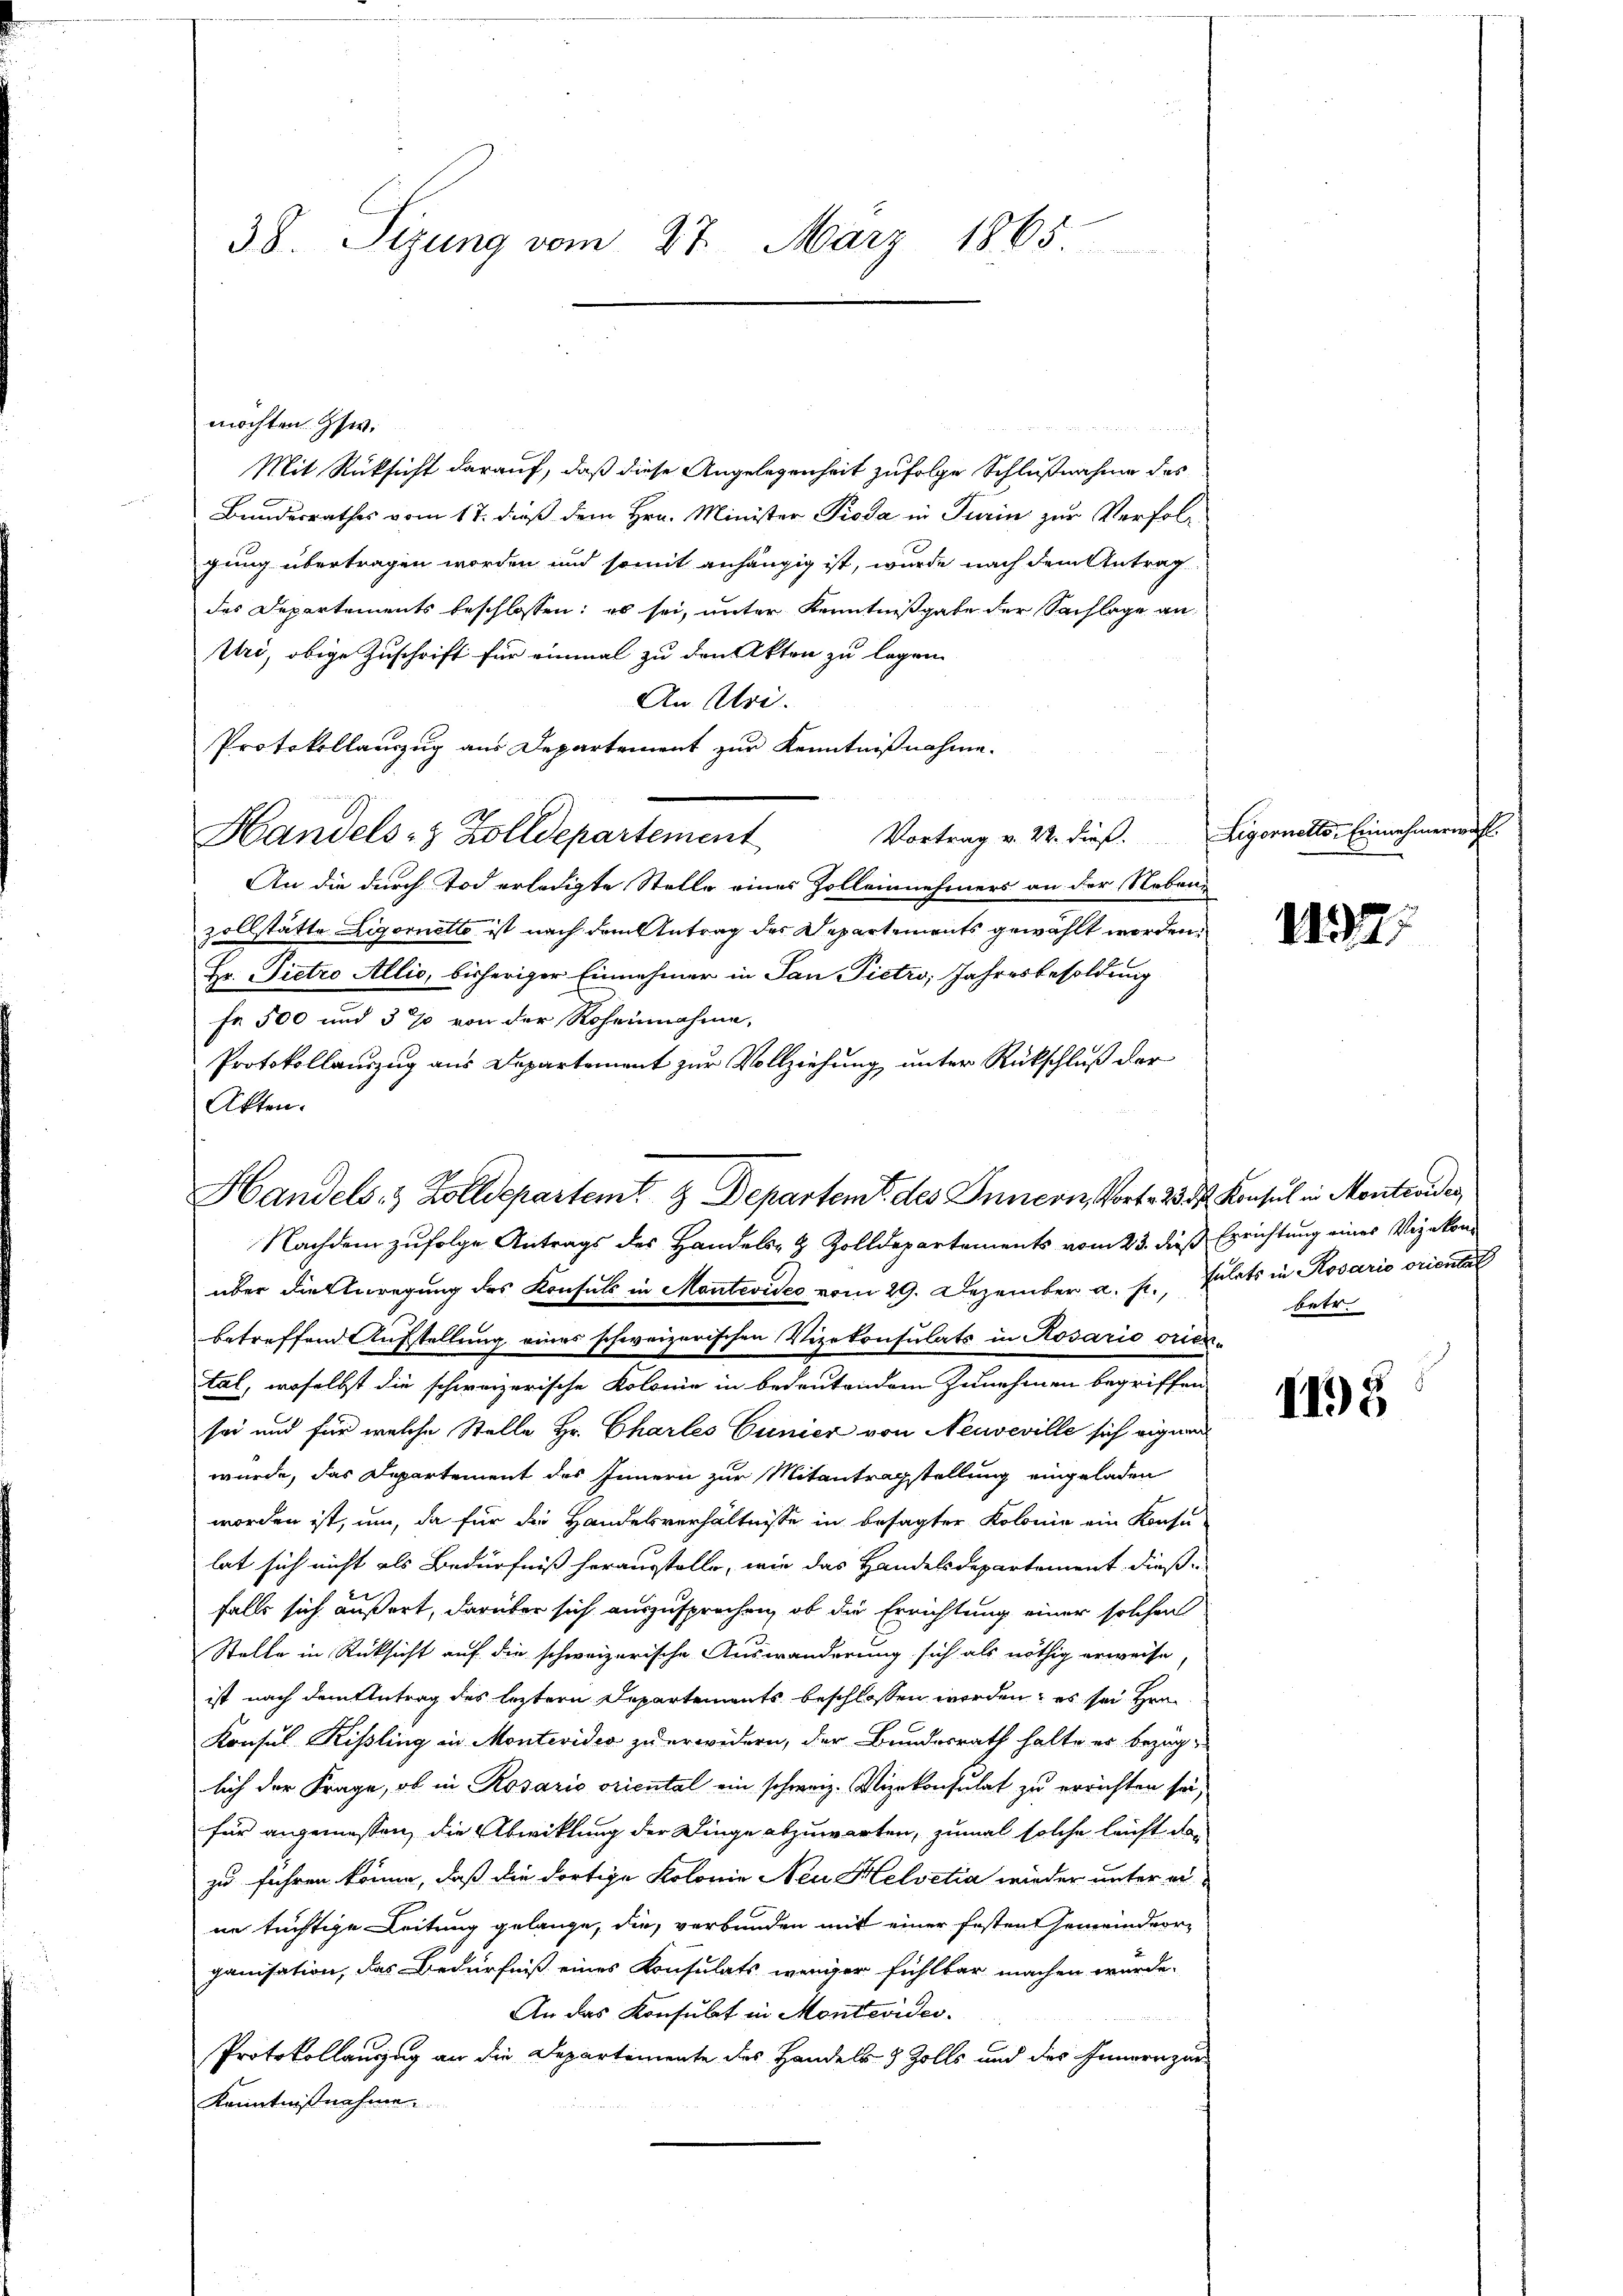
38. Sizung vom 27. März 1865

möchten. Zsw.
Mit Rücksicht darauf, daß diese Angelegenheit zufolge Schlußnahme des
Bundesrathes vom 17. dieß dem Hrn. Minister Pioda in Turin zur Verfolgung übertragen worden und somit anhängig ist, wurde nach dem Antrag
des Departements beschlossen: es sei, unter Kenntnißgabe der Sachlage an
Uri, obige Zuschrift für einmal zu den Akten zu legen
An Uri.
Protokollauszug aus Departement zur Kenntnißnahme.
Handels- & Zolldepartement
An die durch Tod erledigte Stelle eines Zolleinehmers an der Neben-
zollstätte Ligernetto ist nach dem Antrag des Departements gewählt worden.
Hr. Pietro Allio, bisheriger Einnehmer in San Pietro, Jahresbesoldung
fe 500 und 3% von der Roheinahme,
Protokollauszug aus Departement zur Vollziehung unter Rückschluß der
Akten.
Nachdem zufolge Antrags des Handels- & Zolldepartements vom 23. dieß Errichtung eines Vizekonüber die Anregung des Konsuls in Montevideo vom 29. Dezember a. p., Zulats in Kosario orientat
betreffend Aufstellung eines schweizerischen Vizekonsulats in Rosario orien-
tal, woselbst die schweizerische Kolonie in bedeutendem Zunehmen begriffen
sei und für welche Stelle Hr. Charles Cunier von Neuveville sich eignen
würde, das Departement des Innern zur Mitantragstellung eingeladen
worden ist, um, da für die Handesverhältnisse in besagter Kolonie ein Konsu-
lat sich nicht als Bedürfniß herausstelle, wie das Handelsdepartement dießfalls sich äußert, darüber sich auszusprechen, ob die Errichtung einer solchen
Stelle in Rücksicht auf die schweizerische Auswanderung sich als nöthig erweise
ist nach dem Antrag des leztere Departements beschlossen werden, es sei Her
Konsul Rissling in Montevideo zu erwidern, der Bundesrath halte er bezüglich der Frage, ob in Rosario oriental ein schweiz. Vizekonsulat zu errichten sei,
für angemessen, die Abwicklung der Dinge abzuwarten, zumal solche leicht dar
zu führen könne, daß die dortige Kolonie Neu Helvetia wieder unter ei
ne tüchtige Leitung gelange, die, verbunden mit einer festen Gemeindeorganisation, das Bedürfniß eines Konsulats weniger fühlbar machen würde.
An das Konsulat in Montevider¬
Protokollauszug an die Departemente des Handels- & Zolls und des Innern zur
Kenntnißnahmen.

Handels- & Zolldepartemt & Departem des Innern, Vort. 23. d. Konsul in Monteviden

Vortrag v. 22. dieß. Ligornetts-Einnehmerwaff

1137;

betr.

4198